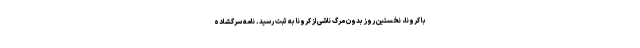
با کرونا، نخستین روز بدون مرگ ناشی از کرونا به ثبت رسید. نامه سرگشاده